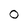
Character: 0